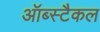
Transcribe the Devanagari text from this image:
ऑब्स्टैकल